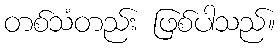
တစ်သံတည်း ဖြစ်ပါသည်။